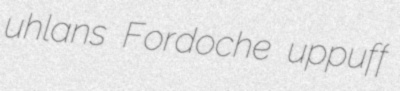
uhlans Fordoche uppuff